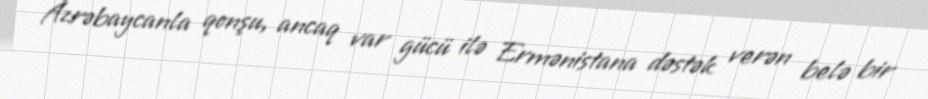
Azrəbaycanla qonşu, ancaq var gücü ilə Ermənistana dəstək verən belə bir